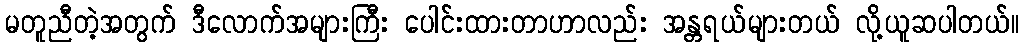
မတူညီတဲ့အတွက် ဒီလောက်အများကြီး ပေါင်းထားတာဟာလည်း အန္တရယ်များတယ် လို့ယူဆပါတယ်။